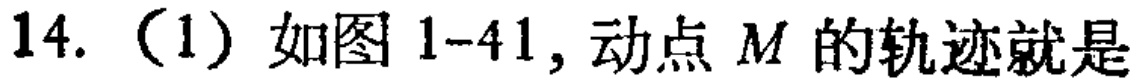
14.（1）如图1-41, 动点 \(M\) 的轨迹就是